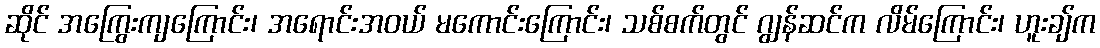
ဆိုင် အကြွေးကျကြောင်း၊ အရောင်းအဝယ် မကောင်းကြောင်း၊ သစ်စက်တွင် ဂျွန်ဆင်က လိမ်ကြောင်း၊ ဟူးချ်က